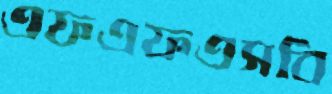
এফএফএসবি